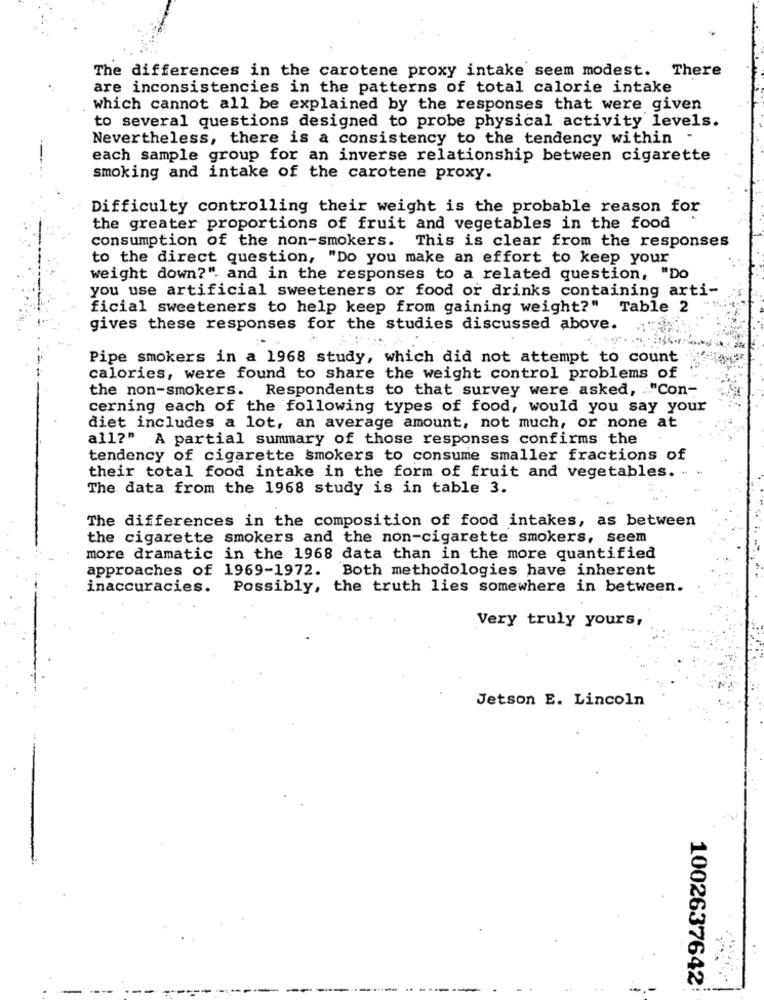
The differences in the carotene proxy intake seem modest. There
are inconsistencies in the patterns of total calorie intake
which cannot all be explained by the responses that were given
to several questions designed to probe physical activity levels.
Nevertheless, there is a consistency to the tendency within -
each sample group for an inverse relationship between cigarette
smoking and intake of the carotene proxy.
Difficulty controlling their weight is the probable reason for
the greater proportions of fruit and vegetables in the food
consumption of the non-smokers. This is clear from the responses
to the direct question, "Do you make an effort to keep your
weight down?". and in the responses to a related question, "Do
you use artificial sweeteners or food or drinks containing arti-
ficial sweeteners to help keep from gaining weight?" Table 2
gives these responses for the studies discussed above.
Pipe smokers in a 1968 study, which did not attempt to count
calories, were found to share the weight control problems of
the non-smokers. Respondents to that survey were asked, .. "Con-
cerning each of the following types of food, would you say your
diet includes a lot, an average amount, not much, or none at
all?"
A partial summary of those responses confirms the
tendency of cigarette smokers to consume smaller fractions of
their total food intake in the form of fruit and vegetables.
The data from the 1968 study is in table 3.
The differences in the composition of food intakes, as between
the cigarette smokers and the non-cigarette smokers, seem
more dramatic in the 1968 data than in the more quantified
approaches of 1969-1972.
Both methodologies have inherent
inaccuracies.
Possibly, the truth lies somewhere in between.
Very truly yours,
Jetson E. Lincoln
1002637642